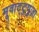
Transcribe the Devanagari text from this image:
मूवाट्टुपुज़ा